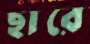
ছারে